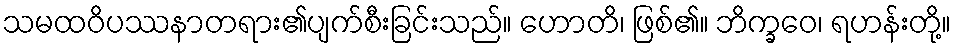
သမထဝိပဿနာတရား၏ပျက်စီးခြင်းသည်။ ဟောတိ၊ ဖြစ်၏။ ဘိက္ခဝေ၊ ရဟန်းတို့။